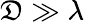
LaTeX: \mathfrak{D}\gg\lambda